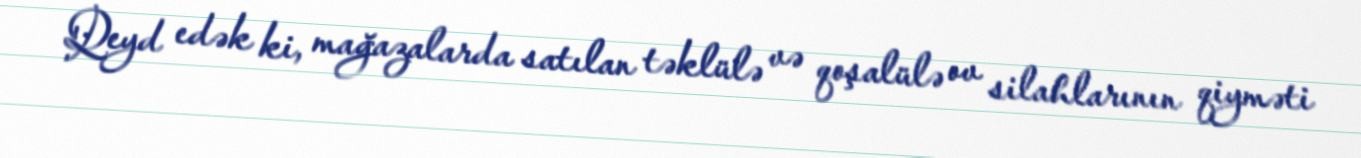
Qeyd edək ki, mağazalarda satılan təklülə və qoşalülə ov silahlarının qiyməti